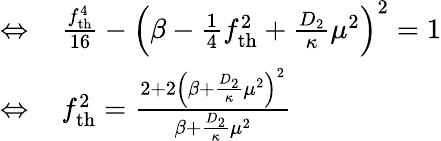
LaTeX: \begin{array}{rl}{\Leftrightarrow\, }&{{}\frac{f_{\mathrm{th}}^{4}}{16}-\left(\beta-\frac{1}{4}f_{\mathrm{th}}^{2}+\frac{D_{2}}{\kappa}\mu^{2}\right)^{2}=1}\\ {\Leftrightarrow\, }&{{}f_{\mathrm{th}}^{2}=\frac{2+2\left(\beta+\frac{D_{2}}{\kappa}\mu^{2}\right)^{2}}{\beta+\frac{D_{2}}{\kappa}\mu^{2}}}\end{array}